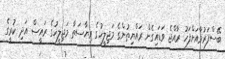
ބޭސްފަރުވާއަށްފަހު ރާއްޖެ ވަޑައިގެން ރައްޔިތުންގެ މަޖިލީހުގެ ރިޔާސަތާ މަޖިލީހުގެ ރައީސް އަދި ކުރީގެ